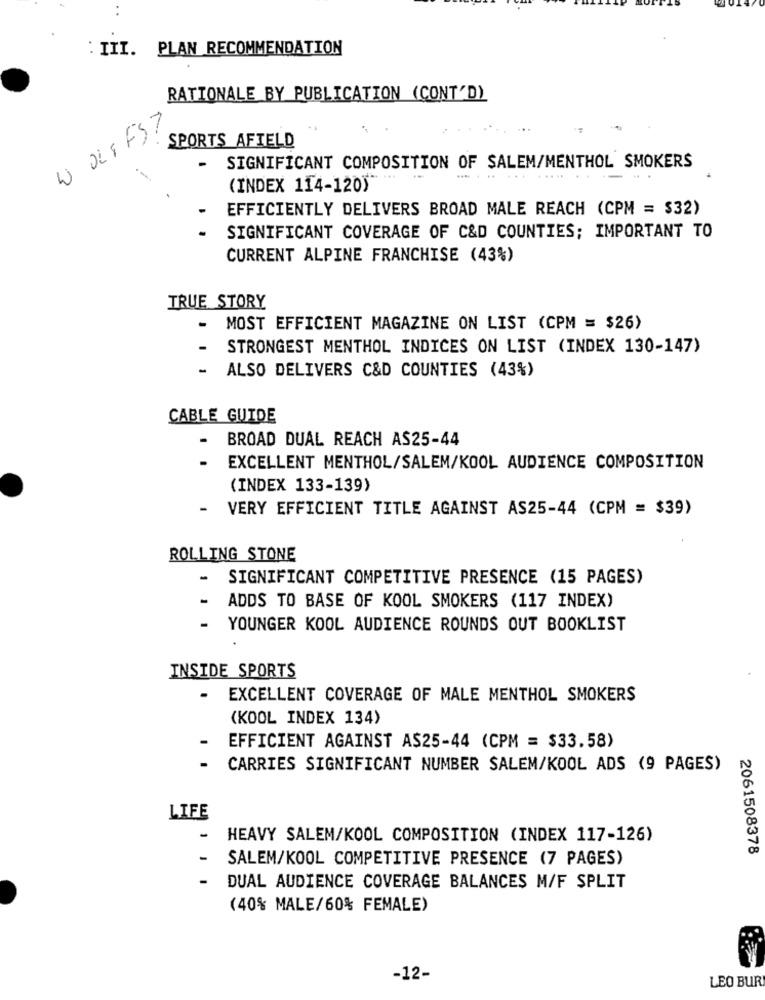
: III. PLAN RECOMMENDATION
RATIONALE BY PUBLICATION (CONT'D)
WOLFFST
SPORTS AFIELD
-
SIGNIFICANT COMPOSITION OF SALEM/MENTHOL SMOKERS
(INDEX 114-120)
EFFICIENTLY DELIVERS BROAD MALE REACH (CPM = $32)
SIGNIFICANT COVERAGE OF C&D COUNTIES; IMPORTANT TO
CURRENT ALPINE FRANCHISE (43%)
TRUE STORY
-
MOST EFFICIENT MAGAZINE ON LIST (CPM = $26)
STRONGEST MENTHOL INDICES ON LIST (INDEX 130-147)
-
ALSO DELIVERS C&D COUNTIES (43%)
CABLE GUIDE
-
BROAD DUAL REACH AS25-44
EXCELLENT MENTHOL/SALEM/KOOL AUDIENCE COMPOSITION
(INDEX 133-139)
-
VERY EFFICIENT TITLE AGAINST AS25-44 (CPM = $39)
ROLLING STONE
-
SIGNIFICANT COMPETITIVE PRESENCE (15 PAGES)
ADDS TO BASE OF KOOL SMOKERS (117 INDEX)
YOUNGER KOOL AUDIENCE ROUNDS OUT BOOKLIST
INSIDE SPORTS
- EXCELLENT COVERAGE OF MALE MENTHOL SMOKERS
(KOOL INDEX 134)
EFFICIENT AGAINST AS25-44 (CPM = $33.58)
CARRIES SIGNIFICANT NUMBER SALEM/KOOL ADS (9 PAGES)
LIFE
HEAVY SALEM/KOOL COMPOSITION (INDEX 117-126)
2061508378
SALEM/KOOL COMPETITIVE PRESENCE (7 PAGES)
DUAL AUDIENCE COVERAGE BALANCES M/F SPLIT
(40% MALE/60% FEMALE)
-12-
LEO BUR